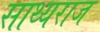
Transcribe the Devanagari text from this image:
साथ्यराज